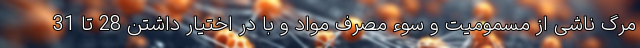
مرگ ناشی از مسمومیت و سوء مصرف مواد و با در اختیار داشتن 28 تا 31